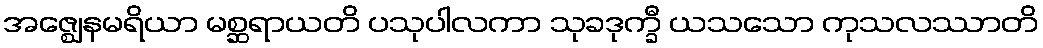
အဇ္ဈေနမရိယာ မစ္ဆရာယတိ ပသုပါလကာ သုခဒုက္ခီ ယသသော ကုသလဿာတိ